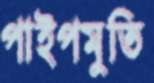
পাইপমুতি